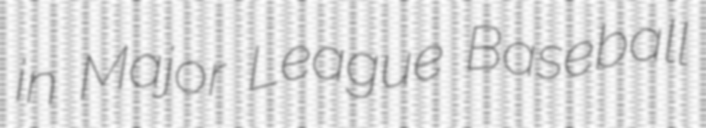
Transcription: in Major League Baseball